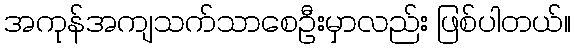
အကုန်အကျသက်သာစေဦးမှာလည်း ဖြစ်ပါတယ်။